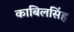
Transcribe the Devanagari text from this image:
काबिलसिंह